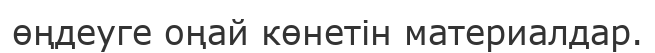
өңдеуге оңай көнетін материалдар.